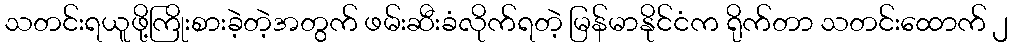
သတင်းရယူဖို့ကြိုးစားခဲ့တဲ့အတွက် ဖမ်းဆီးခံလိုက်ရတဲ့ မြန်မာနိုင်ငံက ရိုက်တာ သတင်းထောက် ၂